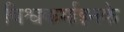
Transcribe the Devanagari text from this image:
विश्वकर्माइनके